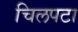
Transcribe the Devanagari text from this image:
चिलपटा